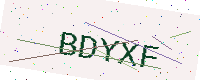
Text: BDYXF